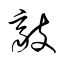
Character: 歊